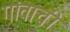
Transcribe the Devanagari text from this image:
गांवाची